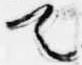
首